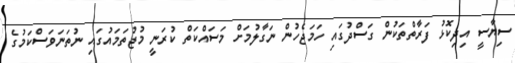
ސިޔާސީ އިދިކޮޅު ފަރާތްތަކުން ގަސްދުގައި ހަމަޖެހުން ނަގާލުމަށް މަސައްކަތް ކުރަނީ މުޖުތަމައުގައި ނުތަނަވަސްކަމުގެ